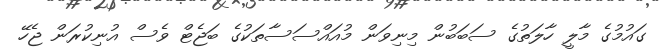
ގައުމުގެ މާލީ ހާލަތުގެ ސަބަބުން މިނިވަން މުއައްސަސާތަކުގެ ބަޖެޓް ވެސް އުނިކުރަން ޖެހޭ